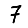
Digit: 7